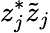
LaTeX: z_{j}^{*}\tilde{z}_{j}